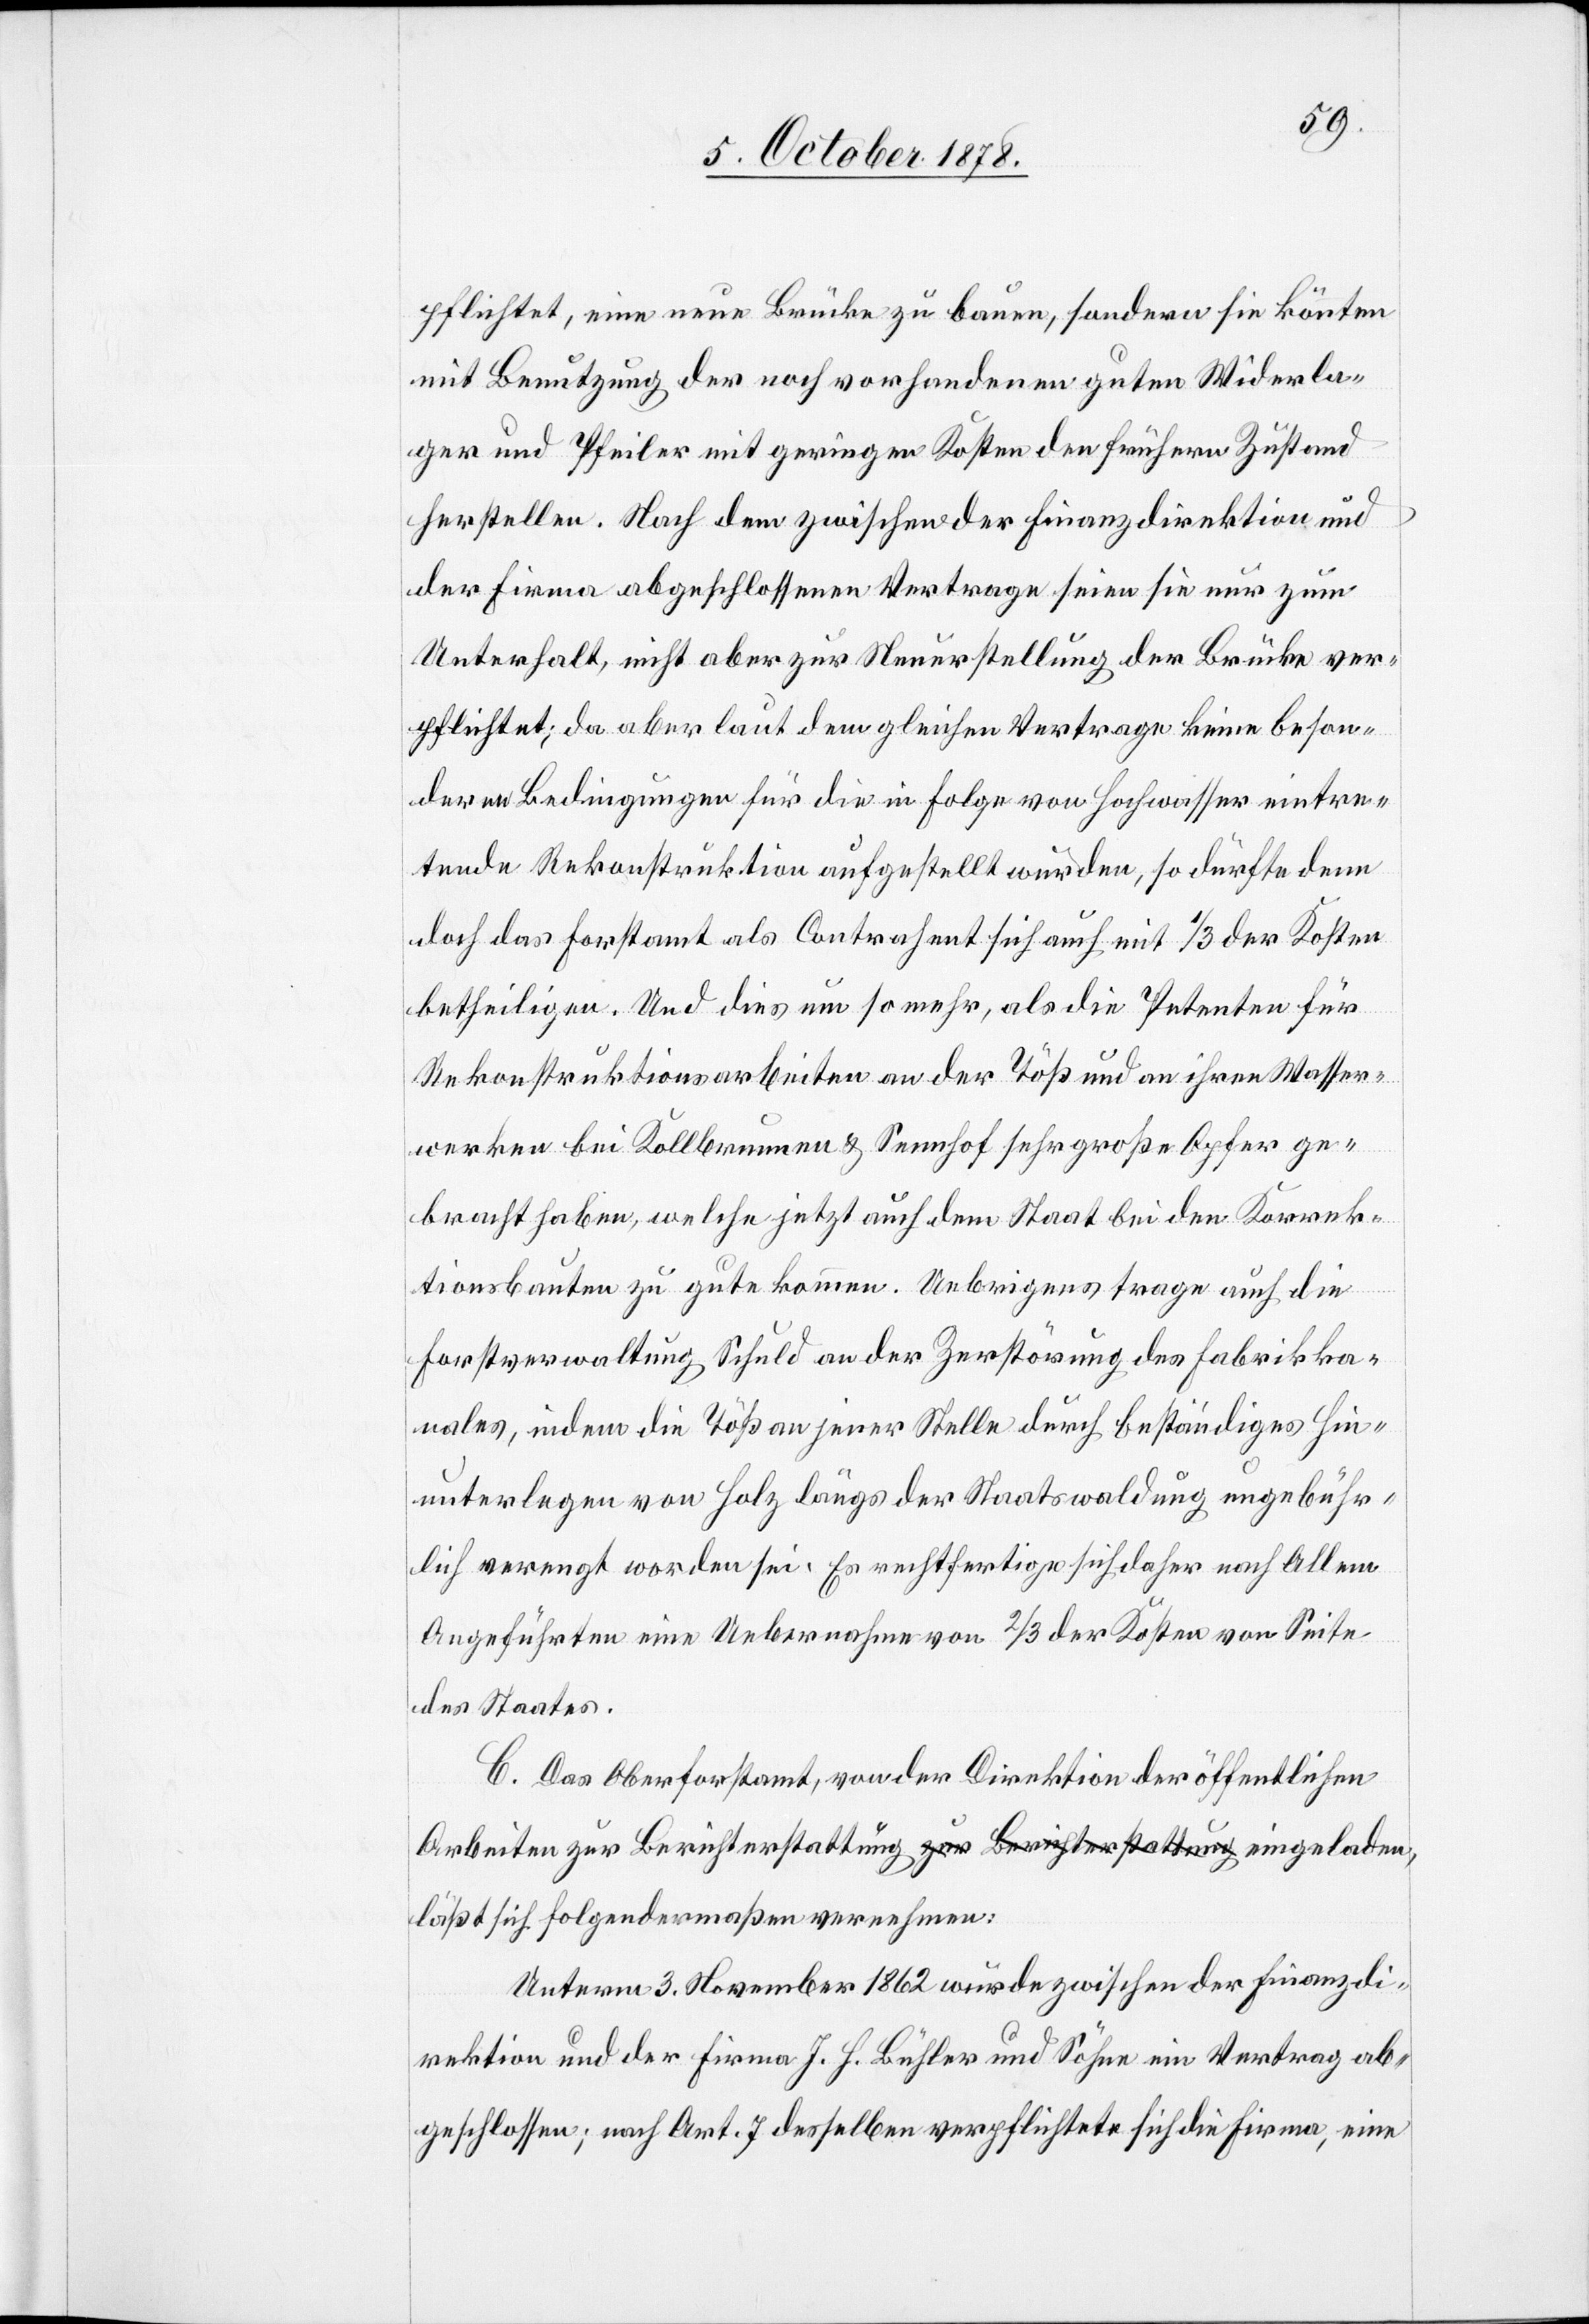
pflichtet, eine neue Brücke zu bauen, sondern sie könnten
mit Benutzung der noch vorhandenen guten Widerla¬
ger und Pfeiler mit geringen Kosten den frühern Zustand
herstellen. Nach dem zwischen der Finanzdirektion und
der Firma abgeschlossenen Vertrage seien sie nur zum
Unterhalt, nicht aber zur Neuerstellung der Brücke ver¬
pflichtet; da aber laut dem gleichen Vertrage keine beson¬
dern Bedingungen für die in Folge von Hochwasser eintre¬
tende Rekonstruktion aufgestellt wurden, so dürfte denn
doch das Forstamt als Contrahent sich auch mit 1/3 der Kosten
betheiligen. Und dies um so mehr, als die Petenten für
Rekonstruktionsarbeiten an der Töß und an ihren Wasser¬
ßen
werken bei Kollbrunnen & Sennhof sehr große Opfer ge¬
bracht haben, welche jetzt auch dem Staat bei den Korrek¬
tionsbauten zu gute kommen. Uebrigens trage auch die
Forstverwaltung Schuld an der Zerstörung des Fabrikka¬
nales, indem die Töß an jener Stelle durch beständiges Hin¬
unterlegen von Holz längs der Staatswaldung ungebühr¬
lich verengt worden sei. Es rechtfertige sich daher nach Allem
Angeführten eine Uebernahme von 2/3 der Kosten von Seite
des Staates.
C. Das Oberforstamt, von der Direktion der öffentlichen
Arbeiten zur Berichterstattung eingeladen, läßt sich folgender¬
Unterm 3. November 1862 wurde zwischen der Finanzdi¬
rektion und der Firma J. H. Bühler und Söhne ein Vertrag ab¬
geschlossen; nach Art. 7 desselben verpflichtete sich die Firma, eine